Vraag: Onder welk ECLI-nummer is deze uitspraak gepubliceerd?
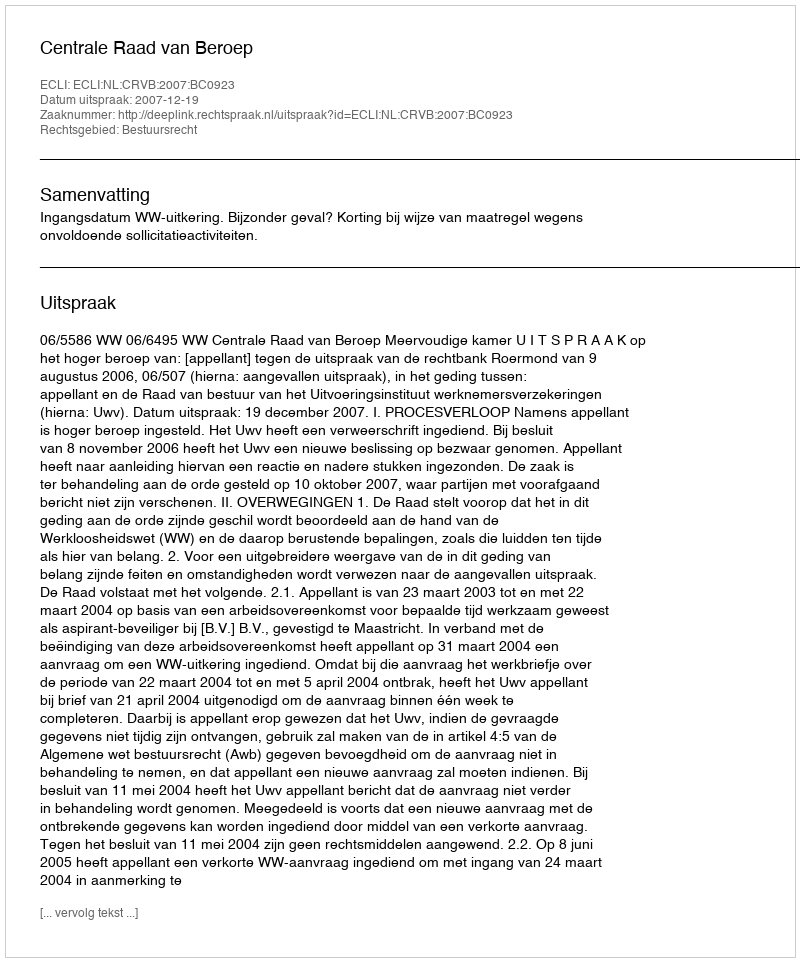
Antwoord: ECLI:NL:CRVB:2007:BC0923